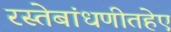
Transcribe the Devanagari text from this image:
रस्तेबांधणीतहेए